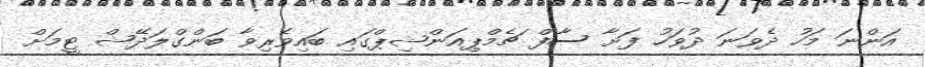
އަންނަ މަހު ދެވަނަ ދުވަހު ފަށާ ސާފް ޗެމްޕިއަންޝިޕްގައި ބައިވެރިވާ ބަންގްލަދޭޝް ޓީމަށް